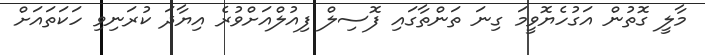
މާލީ ގޮތުން އަގުހެޔޮވީމަ ގިނަ ތަންތާގައި ފޮސިލް ފިއުލްއަށްވުރެ އިޔާދަ ކުރަނިވި ހަކަތައަށް